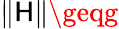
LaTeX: \| \mathsf{H}\| \geqg